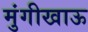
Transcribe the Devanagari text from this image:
मुंगीखाऊ